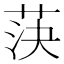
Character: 𦯊